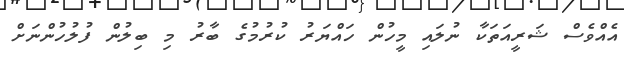
އެއްވެސް ޝަރީއަތަކާ ނުލައި މީހުން ހައްޔަރު ކުރުމުގެ ބާރު މި ބިލުން ފުލުހުންނަށް